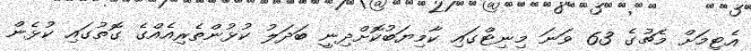
އެޓިމަށް މެޗުގެ 63 ވަނަ މިނިޓްގައި ކާމިޔަބުކޮށްދިނީ ބަދަލު ކުޅުންތެރިއެއްގެ ގޮތުގައި ކުޅެން